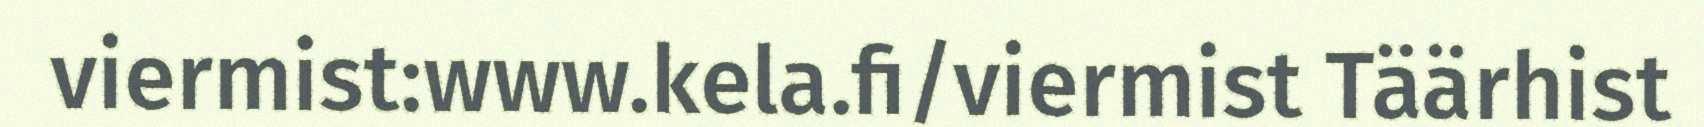
viermist:www.kela.fi/viermist Täärhist